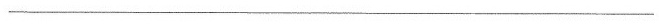
___________________________________________________